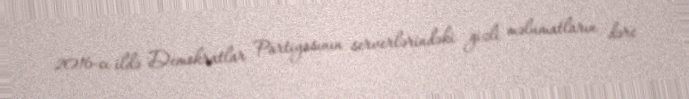
2016-cı ildə Demokratlar Partiyasının serverlərindəki gizli məlumatların dərc